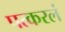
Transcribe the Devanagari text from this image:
पत्करलं